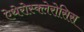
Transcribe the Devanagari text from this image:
ऐथेरोस्क्लेरोसिस